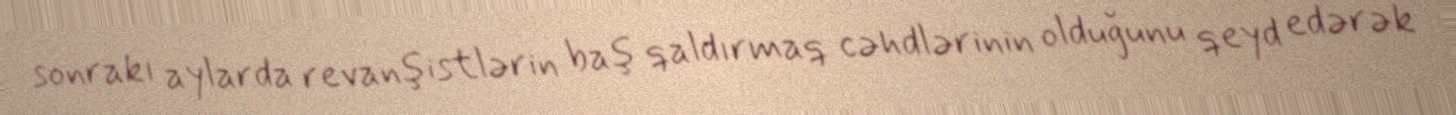
sonrakı aylarda revanşistlərin baş qaldırmaq cəhdlərinin olduğunu qeyd edərək